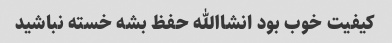
کیفیت خوب بود انشاالله حفظ بشه خسته نباشید